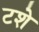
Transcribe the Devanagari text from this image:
टशे